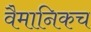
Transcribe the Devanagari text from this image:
वैमानिकच